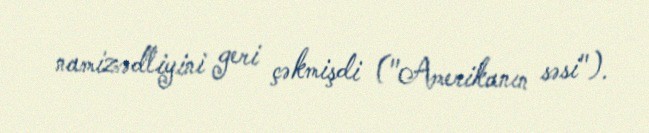
namizədliyini geri çəkmişdi ("Amerikanın səsi").